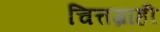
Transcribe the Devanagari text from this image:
चित्तग्राही